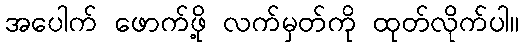
အပေါက် ဖောက်ဖို့ လက်မှတ်ကို ထုတ်လိုက်ပါ။